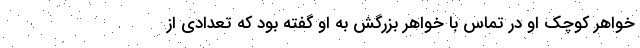
خواهر کوچک او در تماس با خواهر بزرگش به او گفته بود که تعدادی از